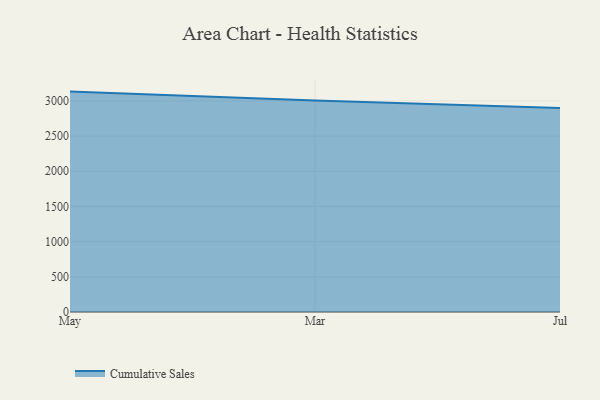
{"axis": {"x": "Month", "y": "Shipments"}, "legend": ["Cumulative Sales"], "data": [{"x": "May", "y": 3132.3, "type": "Cumulative Sales"}, {"x": "Mar", "y": 3004.6, "type": "Cumulative Sales"}, {"x": "Jul", "y": 2898.4, "type": "Cumulative Sales"}]}